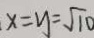
x = y = \sqrt { 1 0 }